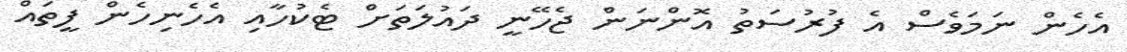
އެހެން ނަމަވެސް އެ ފުރުސަތު އޮންނަން ޖެހޭނީ ދައުލަތަށް ޓެކުހާއި އެހެނިހެން ފީތައް